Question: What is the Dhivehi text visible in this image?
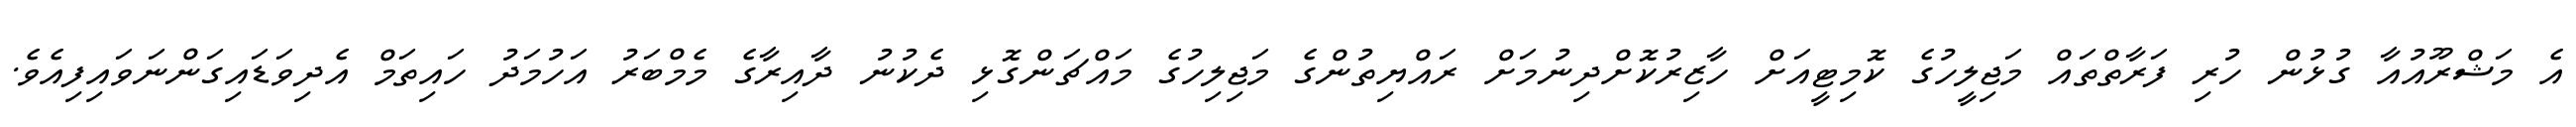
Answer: އެ މަޝްރޫއުއާ ގުޅުން ހުރި ފަރާތްތައް މަޖިލީހުގެ ކޮމިޓީއަށް ހާޒިރުކޮށްދިނުމަށް ރައްޔިތުންގެ މަޖިލިހުގެ މައްޗަންގޮޅި ދެކުނު ދާއިރާގެ މެމްބަރު އަހުމަދު ހައިތަމް އެދިވަޑައިގަންނަވައިފިއެވެ.